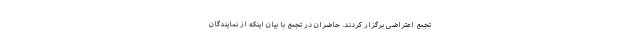
تجمع اعتراضی برگزار کردند. حاضران در تجمع با بیان اینکه از نمایندگان